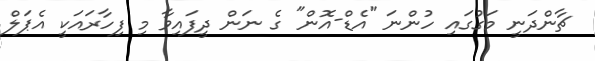
ޗާންދަނީ މަގުގައި ހުންނަ "އެޑް-އޮން" ގެ ނަން ދީފައިވާ މި ފިހާރައަކީ އެޕަލް